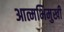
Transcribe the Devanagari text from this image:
आत्मभिमुखी